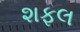
શફલ